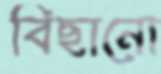
বিছানো